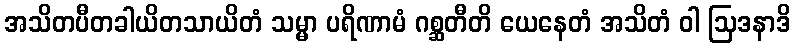
အသိတပီတခါယိတသာယိတံ သမ္မာ ပရိဏာမံ ဂစ္ဆတီတိ ယေနေတံ အသိတံ ဝါ ဩဒနာဒိ